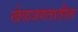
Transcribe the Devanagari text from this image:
खेळजगतातील